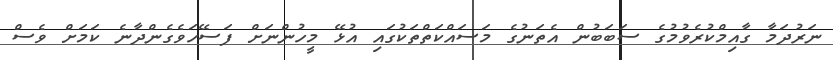
ނަރުދަމާ ގާއިމްކުރެވުމުގެ ސަބަބުން އެތަނުގެ މަސައްކަތްތަކުގައި އުޅޭ މީހުންނަށް ފަސޭހަވެގެންދާނެ ކަމަށް ވެސް